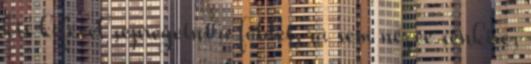
kis kefével sepregetni a földet, rá sem nézve senkire,